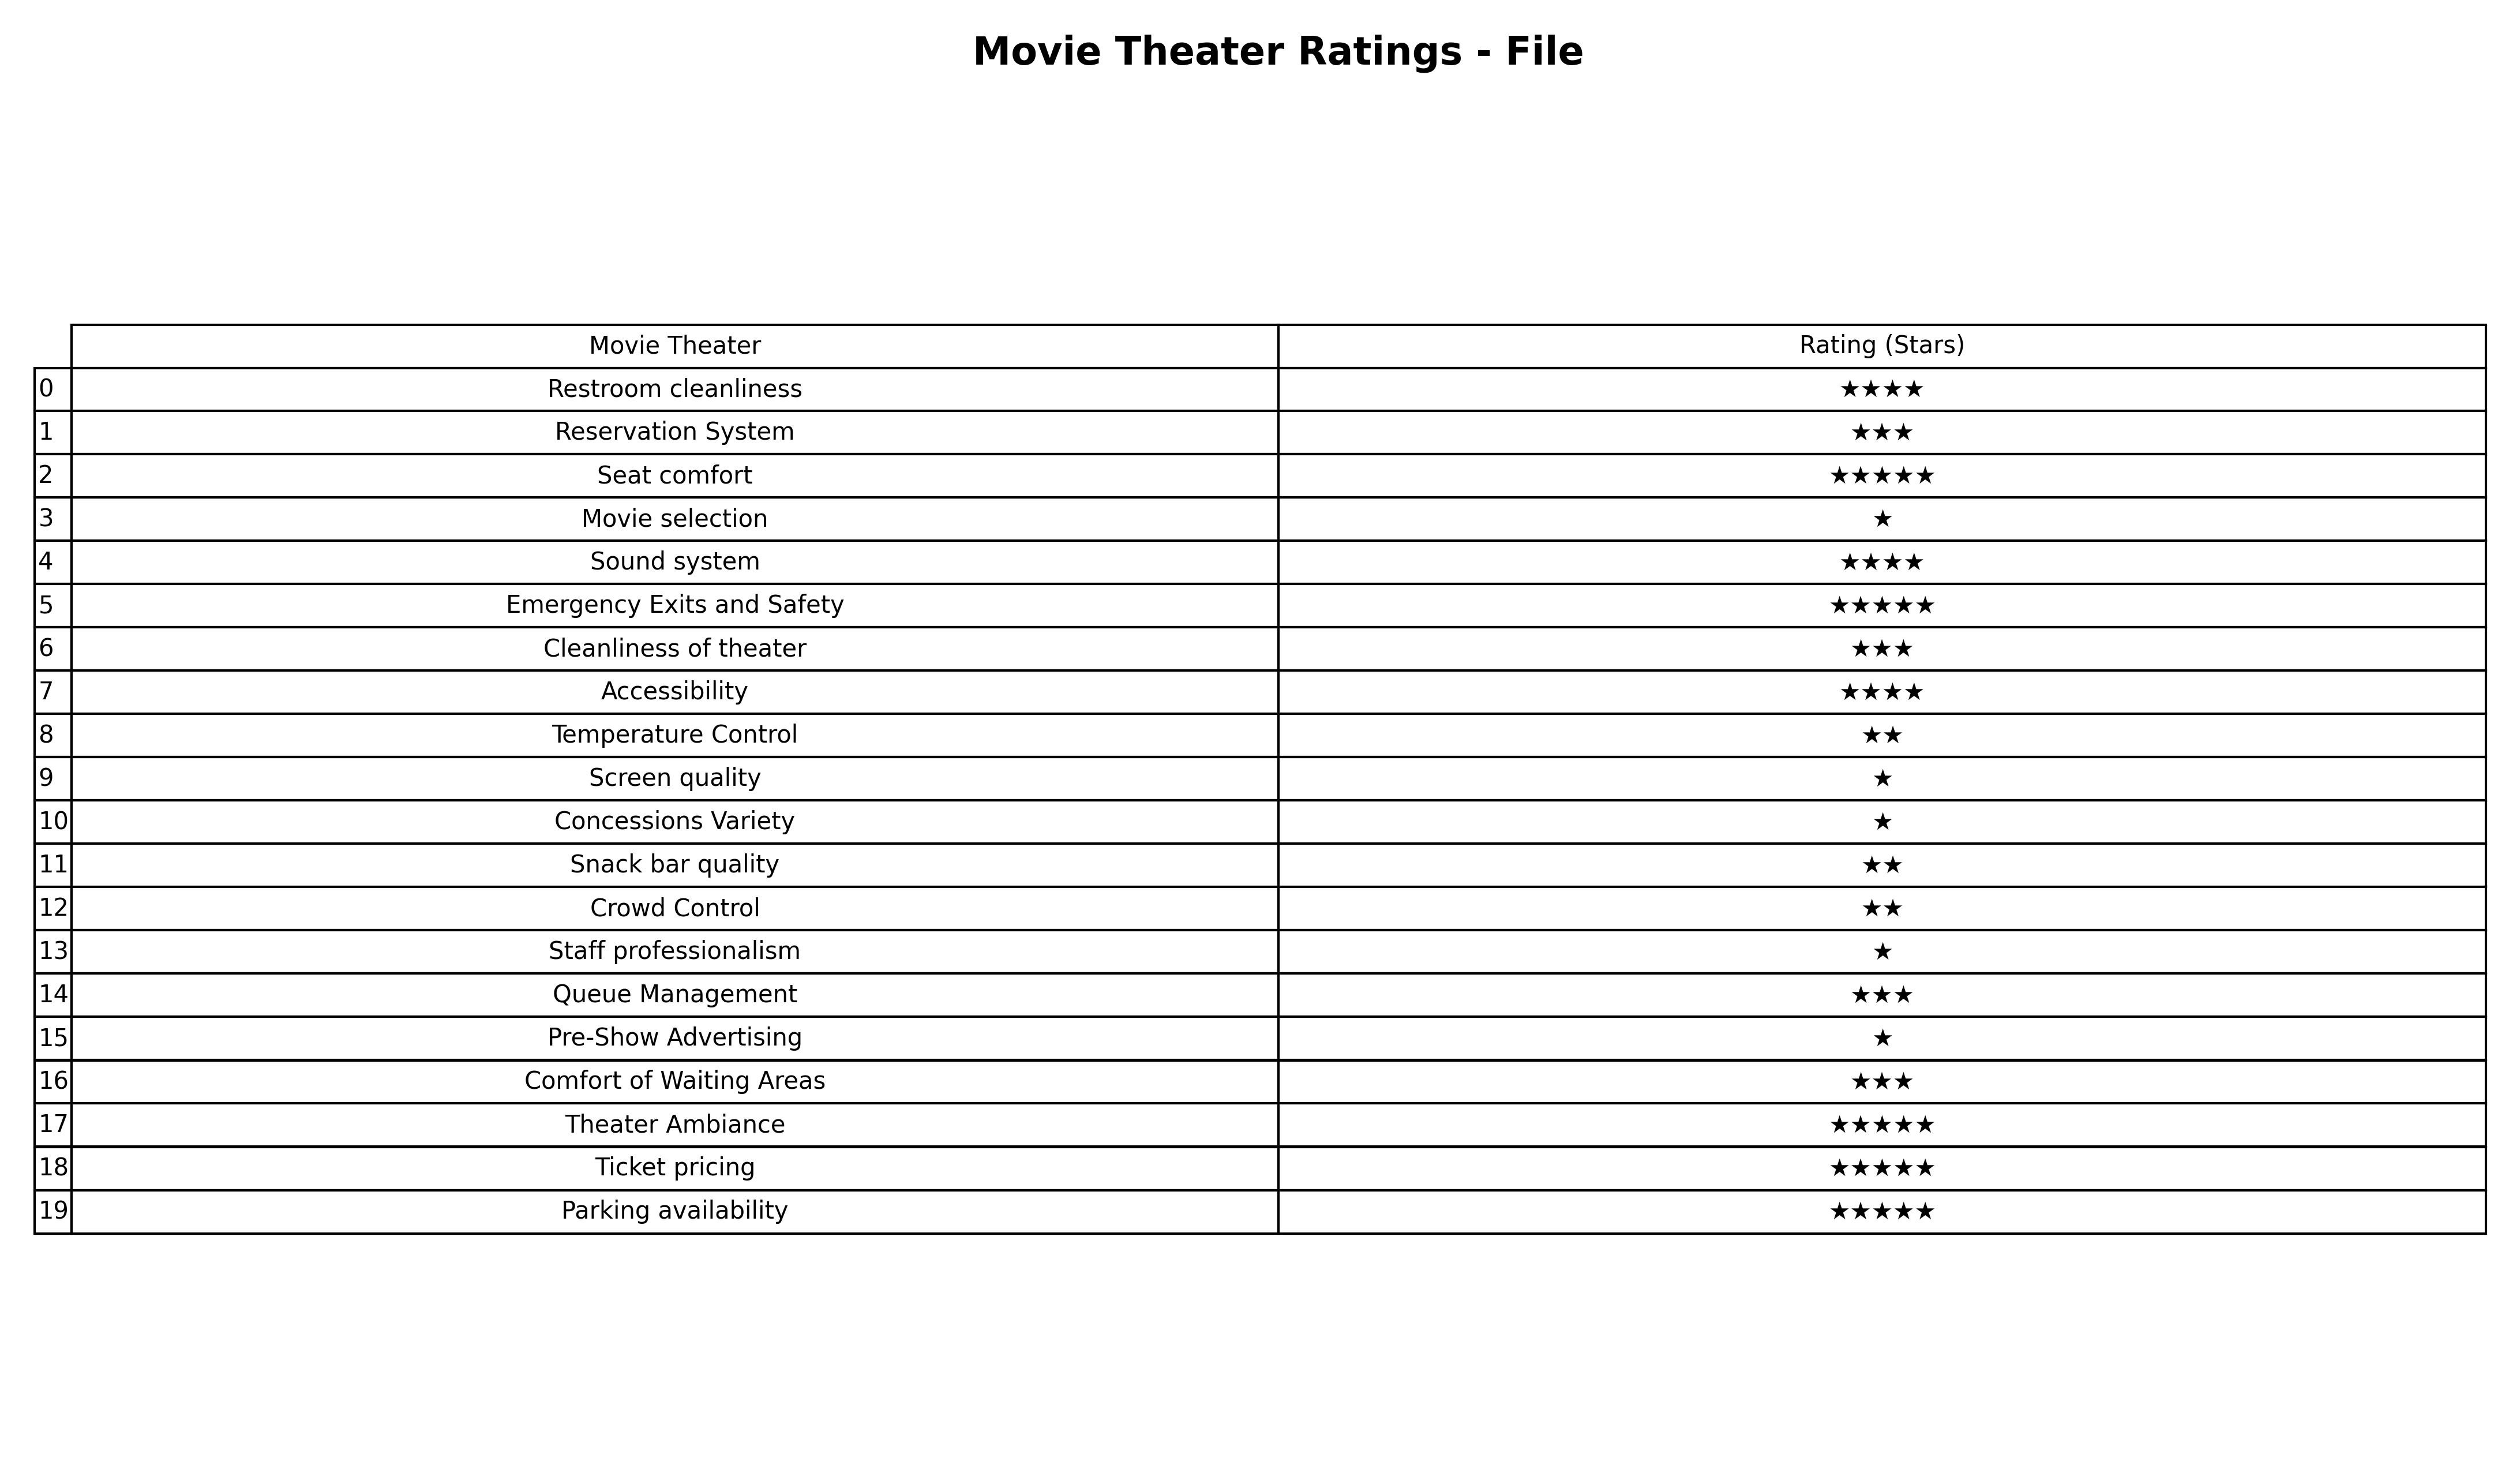
question: What are three star services?
answer: Reservation SystemCleanliness of theaterQueue ManagementComfort of Waiting Areas